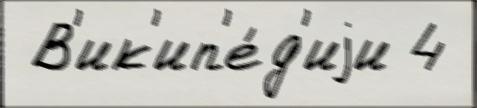
 В'ик'ип'е́д'иjи 4